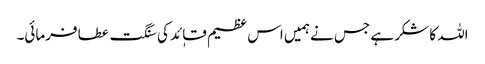
اللہ کا شکر ہے جس نے ہمیں اس عظیم قاٖئد کی سنگت عطا فرمائی۔